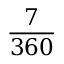
\frac { 7 } { 3 6 0 }